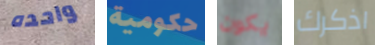
واحده حكومية يكون اذكرك